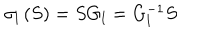
\sigma _ { l } \left( S \right) = S G _ { l } = G _ { l } ^ { - 1 } S